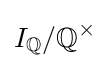
I_{\mathbb {Q} }/\mathbb {Q} ^{\times }